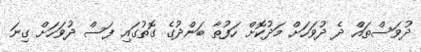
ދުވަސްތައް ދެ ދުވަހަށް މަދުކޮށް ހަފުތާ ބަންދުގެ ގޮތުގައި ފަސް ދުވަހަށް ގިނަ